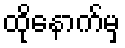
ထိုနောက်မှ